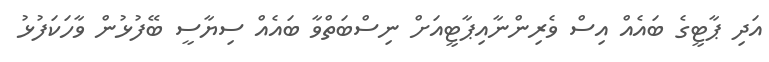
އަދި ޕާޓީގެ ބައެއް އިސް ވެރިންނާއިޕާޓީއަށް ނިސްބަތްވާ ބައެއް ސިޔާސީ ބޭފުޅުން ވާހަކަފުޅު